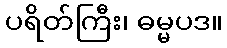
ပရိတ်ကြီး၊ ဓမ္မပဒ။